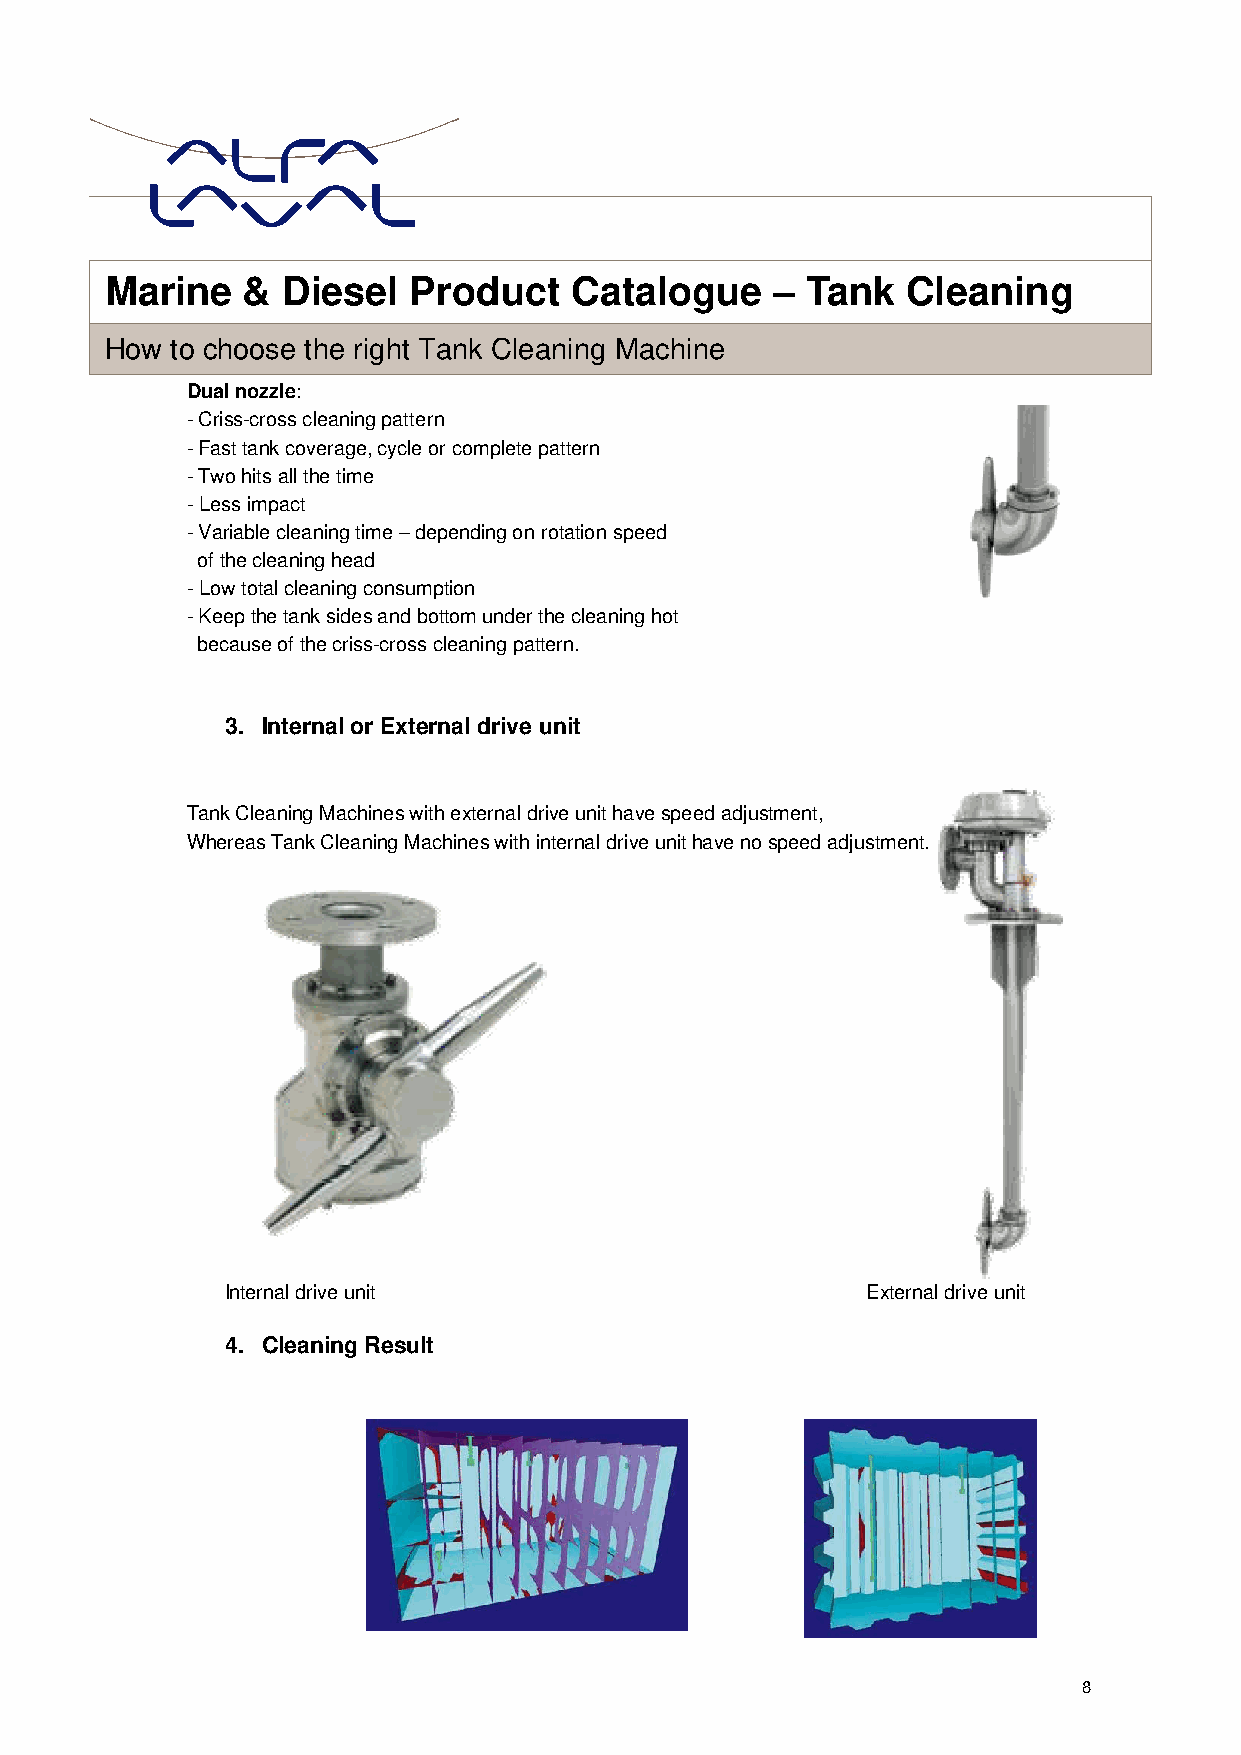
Marin  e &  Diesel  Product    Catalogue    – Tank   Cleaning
 i l
 How to choose the right Tank Cleaning Machine
 Dual nozzle:
 - Criss-cross cleaning pattern
 - Fast tank coverage, cycle or complete pattern
 - Two hits all the time
 - Less impact
 - Variable cleaning time – depending on rotation speed
 of the cleaning head
 - Low total cleaning consumption
 - Keep the tank sides and bottom under the cleaning hot
 because of the criss-cross cleaning pattern.
 3. Internal or External drive unit
 Tank Cleaning Machines with external drive unit have speed adjustment,
 Whereas Tank Cleaning Machines with internal drive unit have no speed adjustment.
 Internal drive unit                       External drive unit
 4. Cleaning Result
 8